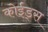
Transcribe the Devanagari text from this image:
कोईड्स